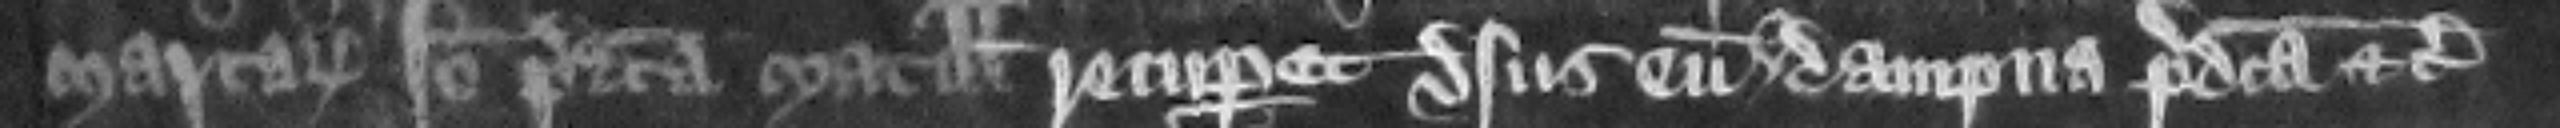
marcarum. Ideo predicta Matillis recuperet versus um dampna predicta etc.